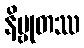
နိဗ္ဗုတဿ